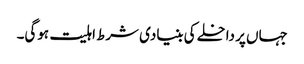
جہاں پر داخلے کی بنیادی شرط اہلیت ہوگی۔